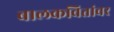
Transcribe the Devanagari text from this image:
बालकवितांवर